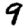
Digit: 9